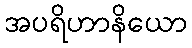
အပရိဟာနိယော